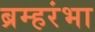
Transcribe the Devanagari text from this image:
ब्रम्हरंभा